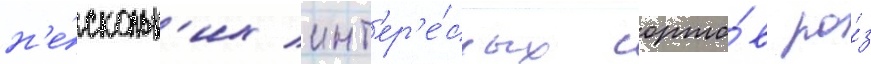
н'е́скольк'их инт'ер'е́сных сорто́в ро́з